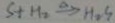
S + H _ { 2 } \xrightarrow { \Delta } H _ { 2 } S